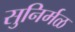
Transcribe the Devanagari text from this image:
सुनिर्मळ